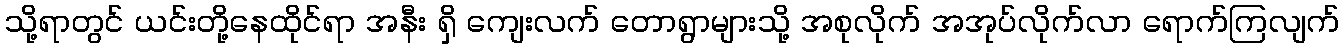
သို့ရာတွင် ယင်းတို့နေထိုင်ရာ အနီး ရှိ ကျေးလက် တောရွာများသို့ အစုလိုက် အအုပ်လိုက်လာ ရောက်ကြလျက်